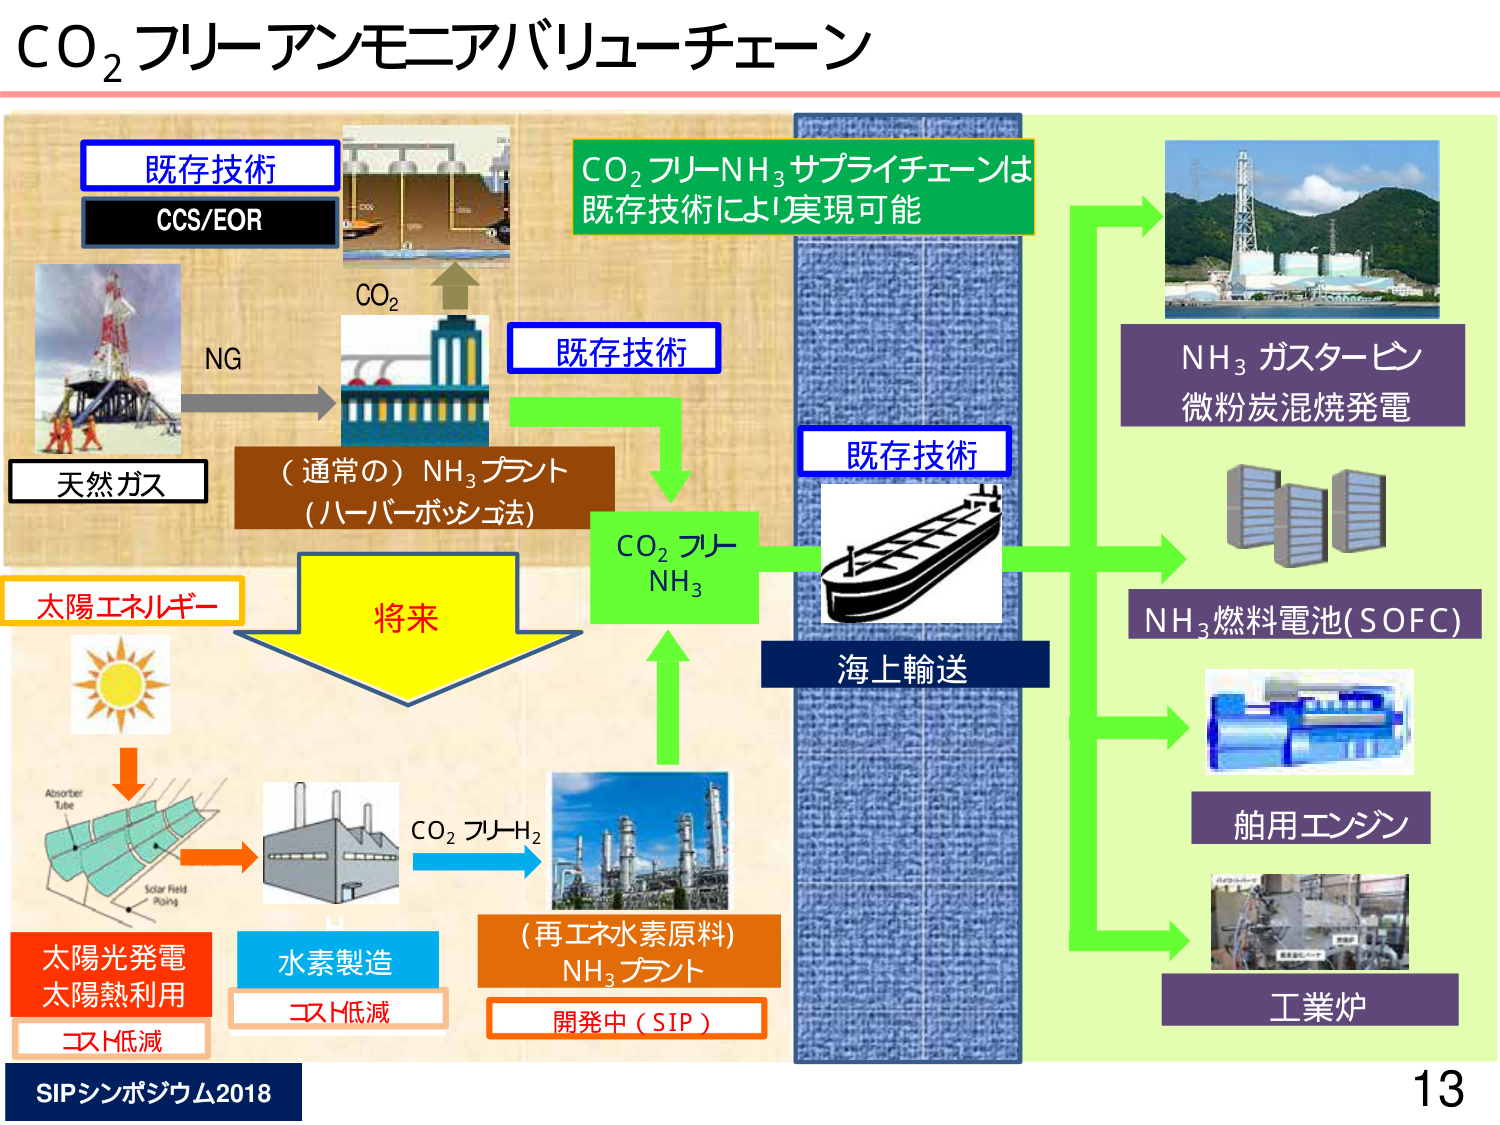
CO₂フリー アンモニアバリューチェーン

既存技術
CCS/EOR

天然ガス
NG
CO₂

（通常の）NH₃プラント
（ハーバーボッシュ法）

太陽エネルギー

太陽光発電
太陽熱利用
コスト低減

水素製造
コスト低減

CO₂フリーH₂

（再エネ水素原料）
NH₃プラント
開発中（SIP）

将来

CO₂フリーNH₃

既存技術
CO₂フリーNH₃サプライチェーンは
既存技術により実現可能

海上輸送

NH₃ガスタービン
微粉炭混焼発電

NH₃燃料電池(SOFC)

舶用エンジン

工業炉

SIPシンポジウム2018
13